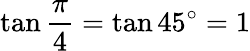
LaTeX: \tan{\frac{\pi}{4}}=\tan 45^{\circ}=1